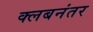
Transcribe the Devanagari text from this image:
क्लबनंतर